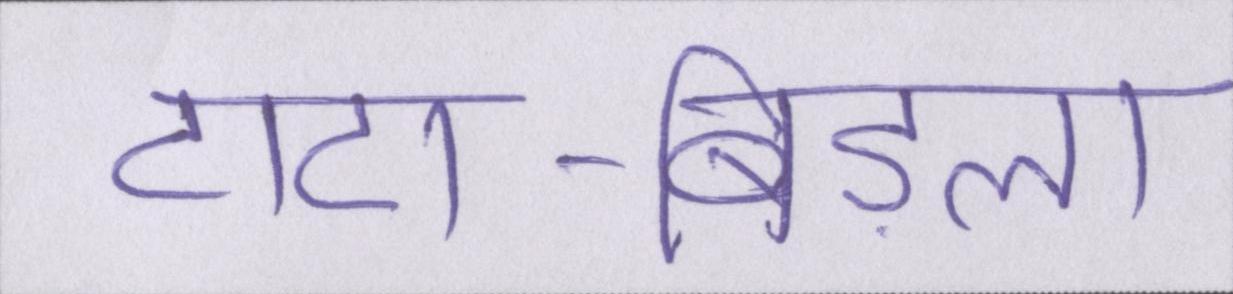
टाटा-बिड़ला